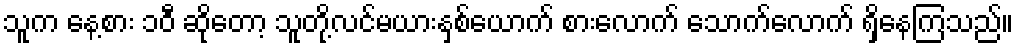
သူက နေ့စား ၁၀ီ ဆိုတော့ သူတို့လင်မယားနှစ်ယောက် စားလောက် သောက်လောက် ရှိနေကြသည်။